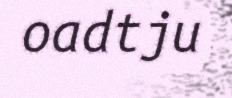
oadtju